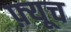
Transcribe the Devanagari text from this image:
फ़्यूच